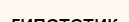
гипотетик